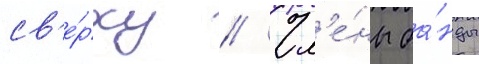
св'е́рху // Чл'е́ны ба́нды